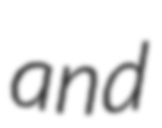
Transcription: and